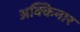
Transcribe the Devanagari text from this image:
अक्किनार